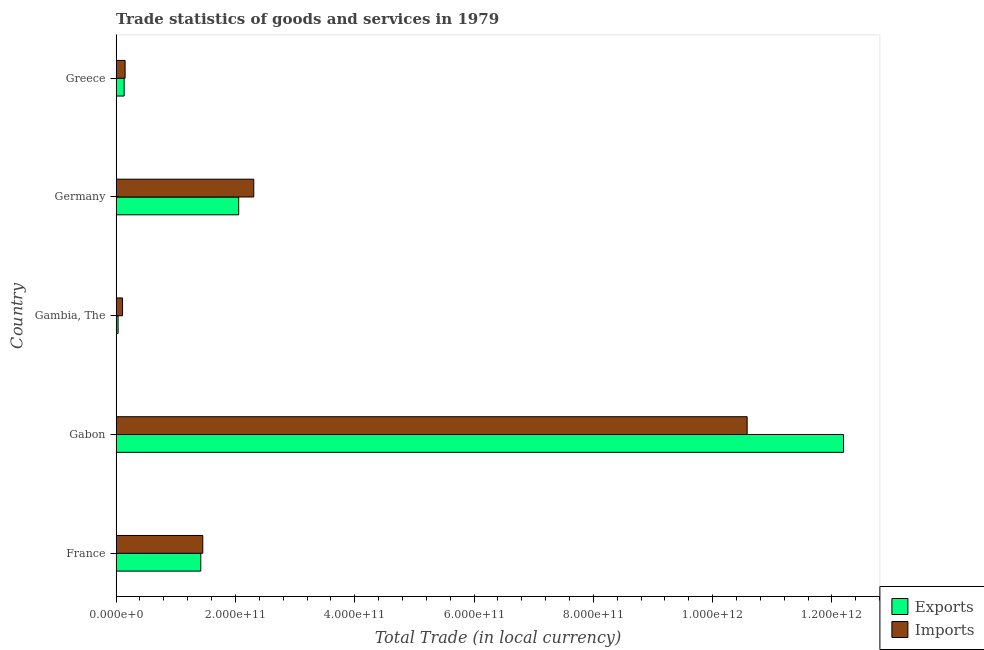
| Country | Exports | Imports |
 | --- | --- | --- |
 | France | 1.42e+11 | 1.45e+11 |
 | Gabon | 1.22e+12 | 1.06e+12 |
 | Gambia, The | 3.28e+09 | 1.07e+10 |
 | Germany | 2.05e+11 | 2.31e+11 |
 | Greece | 1.34e+10 | 1.51e+10 |